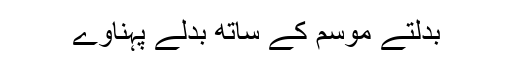
بدلتے موسم کے ساتھ بدلے پہناوے